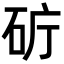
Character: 𥑈